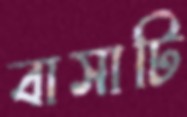
বাসাটি